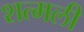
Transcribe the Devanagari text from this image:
शत्मली